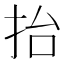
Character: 抬